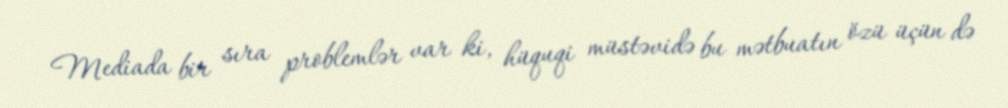
Mediada bir sıra problemlər var ki, hüquqi müstəvidə bu mətbuatın özü üçün də